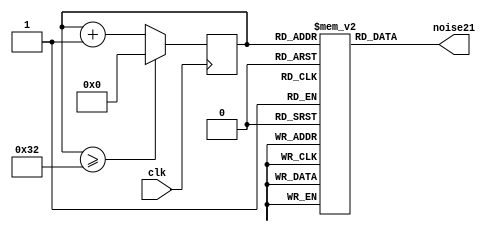

module AWGN_21dB_LUT (
  input wire clk,
  output reg [15:0] noise21
);
  
  reg [5:0] index;
  reg [15:0] lookup_table21 [0:50];

  initial begin
    lookup_table21[0]  = 16'h0088; // Entry 0 0.0166
    lookup_table21[1]  = 16'h05c7; // Entry 1 0.1806
    lookup_table21[2]  = 16'h01dc; // Entry 2 0.0581
    lookup_table21[3]  = 16'hfdd1; // Entry 3 -0.0682
    lookup_table21[4]  = 16'hfaa5; // Entry 4 -0.1674
    lookup_table21[5]  = 16'hff6d; // Entry 5 -0.0179 
    lookup_table21[6]  = 16'hfca8; // Entry 6 -0.1045
    lookup_table21[7]  = 16'h0671; // Entry 7 0.2013
    lookup_table21[8]  = 16'h02dc; // Entry 8 0.0893
    lookup_table21[9]  = 16'hfbf6; // Entry 9 -0.1262
    lookup_table21[10] = 16'h01c7; // Entry 10 0.0556
    lookup_table21[11] = 16'h00c7; // Entry 11 0.0243
    lookup_table21[12] = 16'hfebd; // Entry 12 -0.0394
    lookup_table21[13] = 16'hfe53; // Entry 13 -0.0524
    lookup_table21[14] = 16'hfd02; // Entry 14 -0.0935
    lookup_table21[15] = 16'hfcaa; // Entry 15 -0.1043
    lookup_table21[16] = 16'hfd2b; // Entry 16 -0.0885
    lookup_table21[17] = 16'hfca5; // Entry 17 -0.1049
    lookup_table21[18] = 16'hff7a; // Entry 18 -0.0164
    lookup_table21[19] = 16'hfedc; // Entry 19 -0.0357
    lookup_table21[20] = 16'hfafa; // Entry 20 -0.1570
    lookup_table21[21] = 16'h03e1; // Entry 21 0.1212
    lookup_table21[22] = 16'hfef4; // Entry 22 -0.0327
    lookup_table21[23] = 16'h0050; // Entry 23 0.0098
    lookup_table21[24] = 16'hfe86; // Entry 24 -0.0462
    lookup_table21[25] = 16'hfe2c; // Entry 25 -0.0571
    lookup_table21[26] = 16'h0073; // Entry 26 0.0140
    lookup_table21[27] = 16'h0159; // Entry 27 0.0421
    lookup_table21[28] = 16'h0350; // Entry 28 0.1035
    lookup_table21[29] = 16'h005c; // Entry 29 0.0112
    lookup_table21[30] = 16'hfeca; // Entry 30 -0.0378
    lookup_table21[31] = 16'hfd55; // Entry 31 -0.0834
    lookup_table21[32] = 16'h0468; // Entry 32 0.1377 
    lookup_table21[33] = 16'hff23; // Entry 33 -0.0270
    lookup_table21[34] = 16'h0051; // Entry 34 0.0099
    lookup_table21[35] = 16'h06ca; // Entry 35 0.2121
    lookup_table21[36] = 16'hff02; // Entry 36 -0.0310
    lookup_table21[37] = 16'h0293; // Entry 37 0.0805
    lookup_table21[38] = 16'h0242; // Entry 38 0.0705
    lookup_table21[39] = 16'hfe17; // Entry 39 -0.0597
    lookup_table21[40] = 16'h066a; // Entry 40 0.2005
    lookup_table21[41] = 16'hfedf; // Entry 41 -0.0353
    lookup_table21[42] = 16'h0196; // Entry 42 0.0495
    lookup_table21[43] = 16'hfe3f; // Entry 43 -0.0548
    lookup_table21[44] = 16'hfd01; // Entry 44 -0.0936
    lookup_table21[45] = 16'hfcee; // Entry 45 -0.0960
    lookup_table21[46] = 16'hfd0c; // Entry 46 -0.0923
    lookup_table21[47] = 16'h033a; // Entry 47 0.1008
    lookup_table21[48] = 16'hfaaa; // Entry 48 -0.1667
    lookup_table21[49] = 16'h0524; // Entry 49 0.1607
    lookup_table21[50] = 16'hfefb; // Entry 50 -0.0318

    index = 6'b000000;
  end

  always @(posedge clk) begin
    index <= index + 1; // Increment index by 1 at each clock cycle

    if (index >= 50) // Check if index exceeds 50
      index <= 0; // Reset index to 0
  end

  always @(index) begin
    noise21 <= lookup_table21[index]; // Assign the corresponding lookup_table value to noise21
  end

endmodule